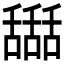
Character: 𦧵